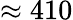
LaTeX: \approx 410